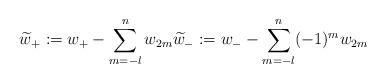
LaTeX: \begin{align*}\widetilde{w}_+:= w_+-\sum \limits_{m=-l}^n w_{2m} \widetilde{w}_-:= w_--\sum \limits_{m=-l}^n (-1)^m w_{2m} \end{align*}